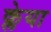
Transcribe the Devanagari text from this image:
क्लेया